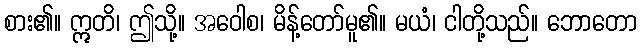
စား၏။ ဣတိ၊ ဤသို့။ အဝေါစ၊ မိန့်တော်မူ၏။ မယံ၊ ငါတို့သည်။ ဘောတော